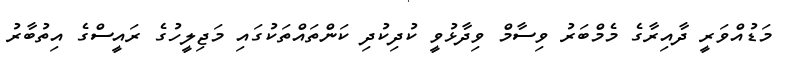
މަޑުއްވަރީ ދާއިރާގެ މެމްބަރު ވިސާމް ވިދާޅުވީ ކުދިކުދި ކަންތައްތަކުގައި މަޖިލީހުގެ ރައީސްގެ އިތުބާރު